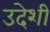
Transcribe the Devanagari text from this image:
उदेशी